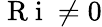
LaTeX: \mathrm{~R~i~}\neq 0